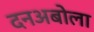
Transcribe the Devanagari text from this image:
दनअबोला